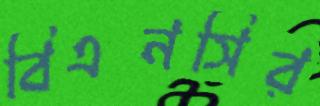
বিএনসির